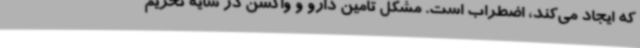
که ایجاد می‌کند، اضطراب است. مشکل تامین دارو و واکسن در سایه تحریم